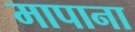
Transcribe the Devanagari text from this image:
मापाना